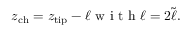
z _ { \mathrm { c h } } = z _ { \mathrm { t i p } } - \ell \mathrm { ~ w ~ i ~ t ~ h ~ } \ell = 2 \tilde { \ell } .